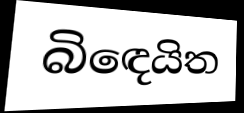
බිඳෙයිත